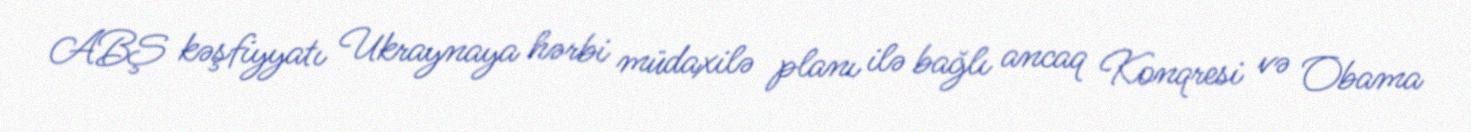
ABŞ kəşfiyyatı Ukraynaya hərbi müdaxilə planı ilə bağlı ancaq Konqresi və Obama